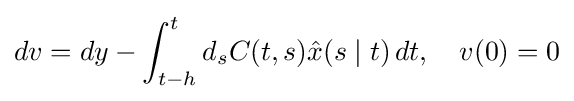
dv=dy-\int _{t-h}^{t}d_{s}C(t,s){\hat {x}}(s\mid t)\,dt,\quad v(0)=0